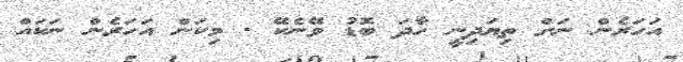
އަހަރެން ނަށް ތިޔަދިނީ ހާދަ ބޮޑު ވޭނެކޭ . މިކަން އަހަރެން ނަކައް